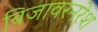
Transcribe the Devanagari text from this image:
बिजावरनरेश